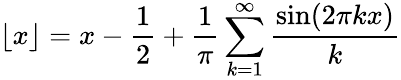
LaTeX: \lfloor x\rfloor=x-{\frac{1}{2}}+{\frac{1}{\pi}}\sum_{k=1}^{\infty}{\frac{\sin(2\pi kx)}{k}}